Source: Handwritten
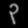
Digit: ၃ (3)